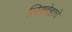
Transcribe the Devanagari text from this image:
लिंगदेहाचे